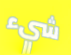
شيء